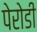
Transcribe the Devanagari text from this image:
पेरोडी